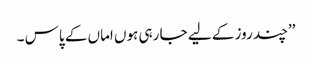
’’چند روز کے لیے جا رہی ہوں اماں کے پاس ۔